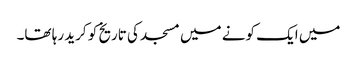
میں ایک کونے میں مسجد کی تاریخ کو کرید رہا تھا۔